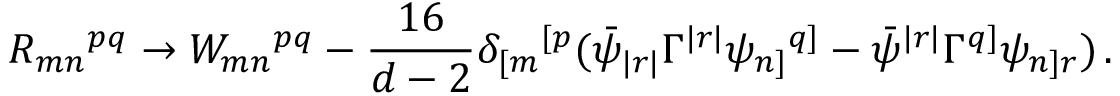
R _ { m n } { } ^ { p q } \rightarrow W _ { m n } { } ^ { p q } - \frac { 1 6 } { d - 2 } \delta _ { [ m } { } ^ { [ p } ( \bar { \psi } _ { | r | } \Gamma ^ { | r | } \psi _ { n ] } { } ^ { q ] } - \bar { \psi } ^ { | r | } \Gamma ^ { q ] } \psi _ { n ] r } ) \, .